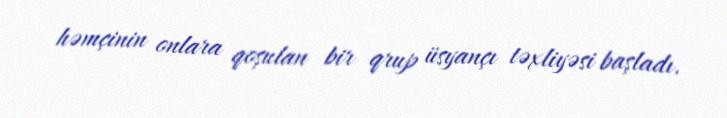
həmçinin onlara qoşulan bir qrup üsyançı təxliyəsi başladı.